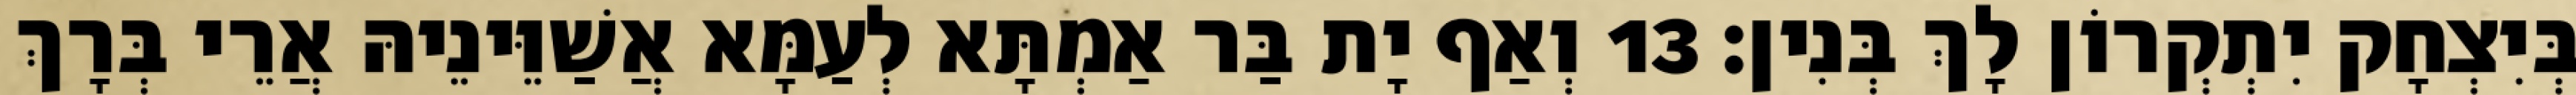
בְּיִצְחָק יִתְקְרוֹן לָךְ בְּנִין׃ 13 וְאַף יָת בַּר אַמְתָּא לְעַמָּא אֲשַׁוֵּינֵיהּ אֲרֵי בְּרָךְ